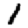
Digit: 1